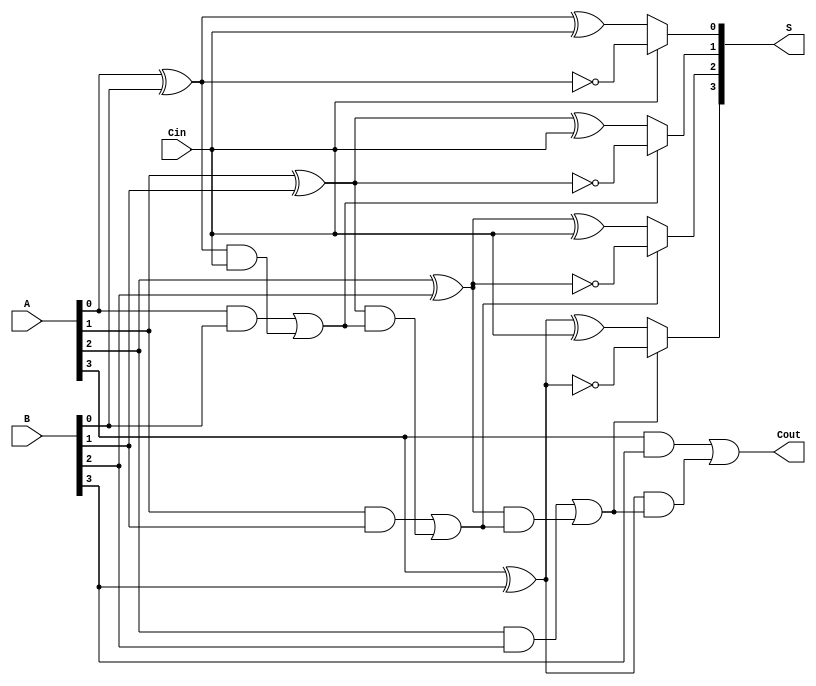
module ConditionalSumAdder #(parameter n = 4) (
    input [n-1:0] A,       // n-bit input A
    input [n-1:0] B,       // n-bit input B
    input Cin,             // Carry-in
    output [n-1:0] S,      // n-bit sum output
    output Cout            // Carry-out
);

    wire [n-1:0] G;        // Generate signals
    wire [n-1:0] P;        // Propagate signals
    wire [n:0] C;          // Carry signals (C[0] = Cin)

    // Generate and Propagate Logic
    genvar i;
    generate
        for (i = 0; i < n; i = i + 1) begin : generate_propagate
            assign G[i] = A[i] & B[i];       // Generate
            assign P[i] = A[i] ^ B[i];       // Propagate
        end
    endgenerate

    // Carry Generation
    assign C[0] = Cin;                       // Initial carry
    generate
        for (i = 0; i < n; i = i + 1) begin : carry_generation
            assign C[i + 1] = G[i] | (P[i] & C[i]); // Carry calculation
        end
    endgenerate

    // Sum Calculation based on predicted carry
    wire [n-1:0] S0;   // Sum if carry in is 0
    wire [n-1:0] S1;   // Sum if carry in is 1

    generate
        for (i = 0; i < n; i = i + 1) begin : sum_calculation
            assign S0[i] = A[i] ^ B[i] ^ C[0]; // S if carry in is 0
            assign S1[i] = A[i] ^ B[i] ^ 1;     // S if carry in is 1
            assign S[i] = C[i] ? S1[i] : S0[i]; // Final sum based on carry
        end
    endgenerate

    // Final Carry Out
    assign Cout = C[n]; // Carry out from the last bit

endmodule